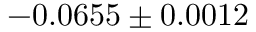
- 0 . 0 6 5 5 \pm 0 . 0 0 1 2